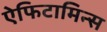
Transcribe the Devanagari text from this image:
ऐफिटामिन्स